Annual report of the Civil Veterinary Department, Bengal, for the year 1898-99 - 1898-1899
Year: 1898
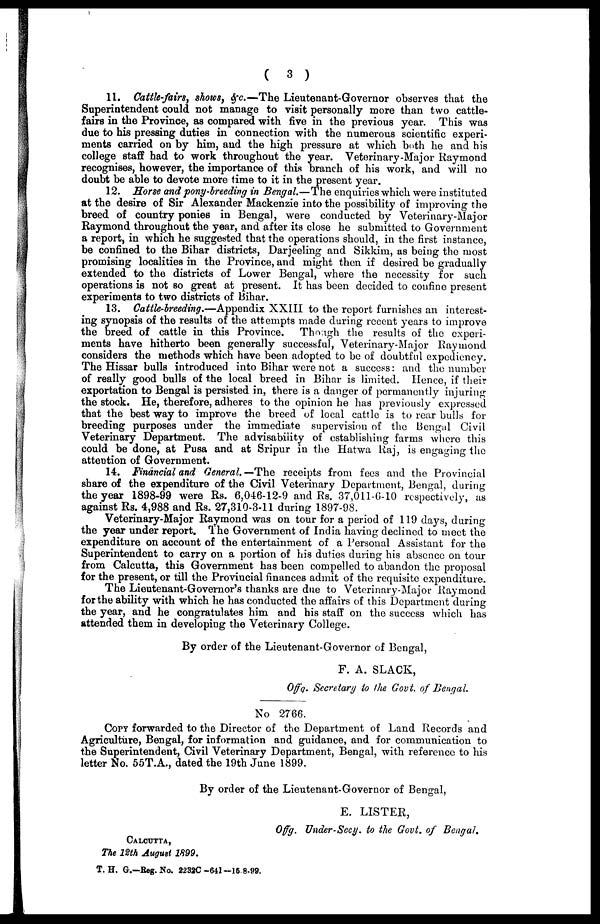
(
3 )
11. Cattle-fairs, shows, &c.—The Lieutenant-Governor observes that the
Superintendent could not manage to visit personally more than two cattle-
fairs in the Province, as compared with five in the previous year. This was
due to his pressing duties in connection with the numerous scientific experi-
ments carried on by him, and the high pressure at which both he and his
college staff had to work throughout the year. Veterinary-Major Raymond
recognises, however, the importance of this branch of his work, and will no
doubt be able to devote more time to it in the present year.
12. Horse and pony-breeding in Bengal.—The enquiries which were instituted
at the desire of Sir Alexander Mackenzie into the possibility of improving the
breed of country ponies in Bengal, were conducted by Veterinary-Major
Raymond throughout the year, and after its close he submitted to Government
a report, in which he suggested that the operations should, in the first instance,
be confined to the Bihar districts, Darjeeling and Sikkim, as being the most
promising localities in the Province, and might then if desired be gradually
extended to the districts of Lower Bengal, where the necessity for such
operations is not so great at present. It has been decided to confine present
experiments to two districts of Bihar.
13. Cattle-breeding.—Appendix XXIII to the report furnishes an interest-
ing synopsis of the results of the attempts made during recent years to improve
the breed of cattle in this Province. Though the results of the experi-
ments have hitherto been generally successful, Veterinary-Major Raymond
considers the methods which have been adopted to be of doubtful expediency.
The Hissar bulls introduced into Bihar were not a success: and the number
of really good bulls of the local breed in Bihar is limited. Hence, if their
exportation to Bengal is persisted in, there is a danger of permanently injuring
the stock. He, therefore, adheres to the opinion he has previously expressed
that the best way to improve the breed of local cattle is to rear bulls for
breeding purposes under the immediate supervision of the Bengal Civil
Veterinary Department. The advisability of establishing farms where this
could be done, at Pusa and at Sripur in the Hatwa Raj, is engaging the
attention of Government.
14. Financial and General.—The receipts from fees and the Provincial
share of the expenditure of the Civil Veterinary Department, Bengal, during
the year 1898-99 were Rs. 6,046-12-9 and Rs. 37,011-6-10 respectively, as
against Rs. 4,988 and Rs. 27,310-3-11 during 1897-98.
Veterinary-Major Raymond was on tour for a period of 119 days, during
the year under report. The Government of India having declined to meet the
expenditure on account of the entertainment of a Personal Assistant for the
Superintendent to carry on a portion of his duties during his absence on tour
from Calcutta, this Government has been compelled to abandon the proposal
for the present, or till the Provincial finances admit of the requisite expenditure.
The Lieutenant-Governor's thanks are due to Veterinary-Major Raymond
for the ability with which he has conducted the affairs of this Department during
the year, and he congratulates him and his staff on the success which has
attended them in developing the Veterinary College.
By order of the Lieutenant-Governor of Bengal,
F. A. SLACK,
Offg. Secretary to the Govt. of Bengal.
No 2766.
COPY forwarded to the Director of the Department of Land Records and
Agriculture, Bengal, for information and guidance, and for communication to
the Superintendent, Civil Veterinary Department, Bengal, with reference to his
letter No. 55T.A., dated the 19th June 1899.
By order of the Lieutenant-Governor of Bengal,
E. LISTER,
Oftg. Under-Secy. to the Govt. of Bengal,
CALCUTTA,
The 12th August 1899.
T. H. G.—Beg. No. 2232C—641—15 8-99.